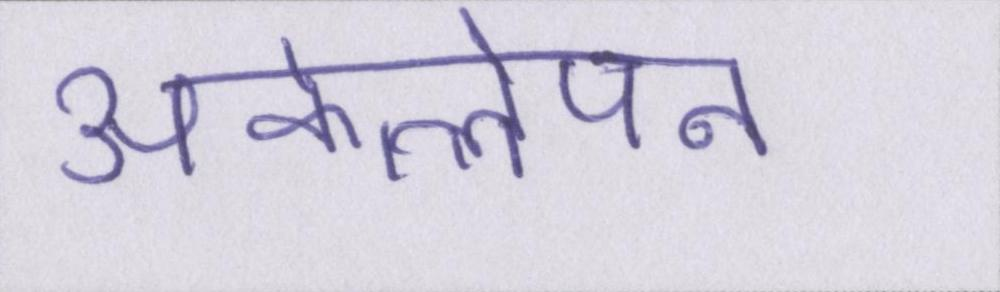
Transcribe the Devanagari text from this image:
अकेलेपन